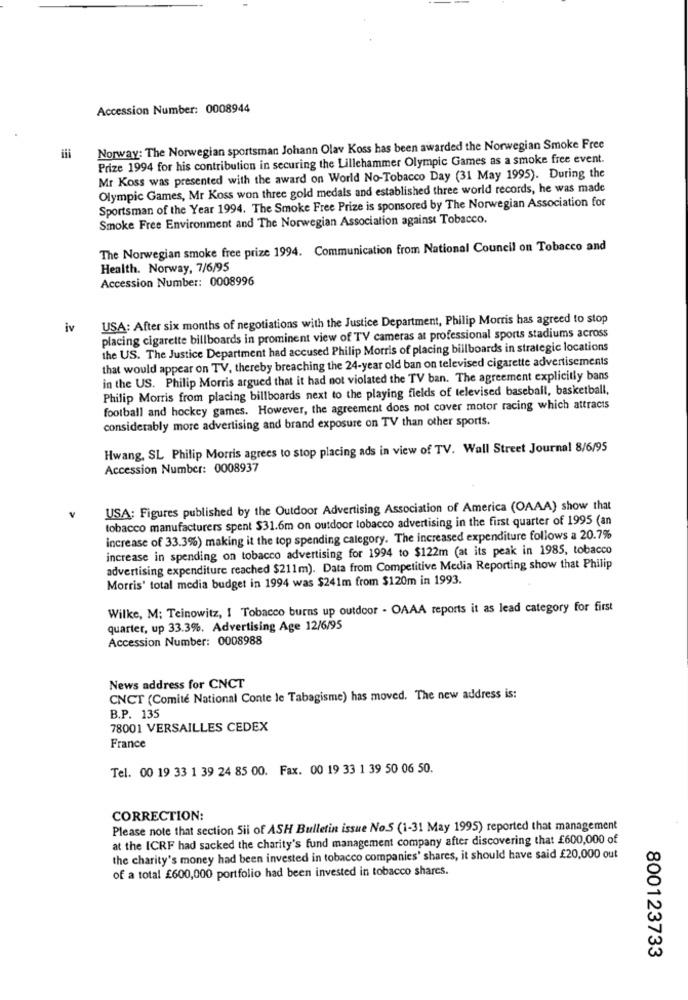
Accession Number: 0008944
Norway: The Norwegian sportsman Johann Olav Koss has been awarded the Norwegian Smoke Free
Prize 1994 for his contribution in securing the Lillehammer Olympic Games as a smoke free event.
Mr Koss was presented with the award on World No-Tobacco Day (31 May 1995). During the
Olympic Games, Mr Koss won three gold medals and established three world records, he was made
Sportsman of the Year 1994. The Smoke Free Prize is sponsored by The Norwegian Association for
Smoke Free Environment and The Norwegian Association against Tobacco.
The Norwegian smoke free prize 1994. Communication from National Council on Tobacco and
Health. Norway, 7/6/95
Accession Number: 0008996
USA: After six months of negotiations with the Justice Department, Philip Morris has agreed to stop
iv
placing cigarette billboards in prominent view of TV cameras at professional sports stadiums across
the US. The Justice Department had accused Philip Morris of placing billboards in strategic locations
that would appear on TV, thereby breaching the 24-year old ban on televised cigarette advertisements
in the US. Philip Morris argued that it had not violated the TV ban. The agreement explicitly bans
Philip Morris from placing billboards next to the playing fields of televised baseball, basketball,
football and hockey games. However, the agreement does not cover motor racing which attracts
considerably more advertising and brand exposure on TV than other sports.
Hwang, SL Philip Morris agrees to stop placing ads in view of TV. Wall Street Journal 8/6/95
Accession Number: 0008937
USA: Figures published by the Outdoor Advertising Association of America (OAAA) show that
tobacco manufacturers spent $31.6m on outdoor tobacco advertising in the first quarter of 1995 (an
increase of 33.3%) making it the top spending category. The increased expenditure follows a 20.7%
increase in spending on tobacco advertising for 1994 to $122m (at its peak in 1985, tobacco
advertising expenditure reached $211m). Data from Competitive Media Reporting show that Philip
Morris' total media budget in 1994 was $241m from $120m in 1993.
Wilke, M; Teinowitz, I Tobacco burns up outdoor - OAAA reports it as lead category for first
quarter, up 33.3%. Advertising Age 12/6/95
Accession Number: 0008988
News address for CNCT
CNCT (Comité National Conte le Tabagisme) has moved. The new address is:
B.P. 135
78001 VERSAILLES CEDEX
France
Tel. 00 19 33 1 39 24 85 00. Fax. 00 19 33 1 39 50 06 50.
CORRECTION:
Please note that section Sii of ASH Bulletin issue No.5 (1-31 May 1995) reported that management
at the ICRF had sacked the charity's fund management company after discovering that £600,000 of
the charity's money had been invested in tobacco companies' shares, it should have said £20,000 out
of a total £600,000 portfolio had been invested in tobacco shares.
800123733